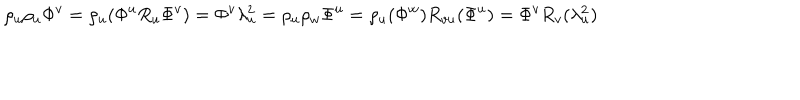
\rho _ { u } \rho _ { u } \Phi ^ { v } = \rho _ { u } ( \Phi ^ { u } R _ { u } \Phi ^ { v } ) = \Phi ^ { v } \lambda _ { u } ^ { 2 } = \rho _ { u } \rho _ { w } \Phi ^ { u } = \rho _ { u } ( \Phi ^ { w } ) R _ { v u } ( \Phi ^ { u } ) = \Phi ^ { v } R _ { v } ( \lambda _ { u } ^ { 2 } )